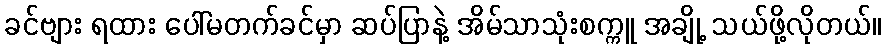
ခင်ဗျား ရထား ပေါ်မတက်ခင်မှာ ဆပ်ပြာနဲ့ အိမ်သာသုံးစက္ကူ အချို့ သယ်ဖို့လိုတယ်။